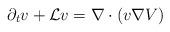
LaTeX: \begin{align*}\partial_t v + {\mathcal L} v= \nabla\cdot( v\nabla V)\end{align*}